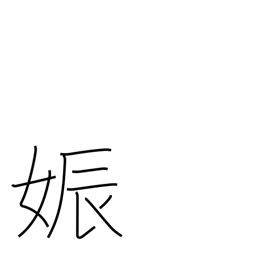
Meaning: pregnancy